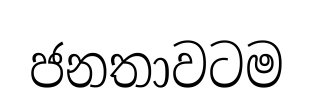
ජනතාවටම